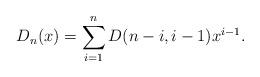
LaTeX: \begin{align*}D_n(x) = \sum_{i=1}^{n} D(n-i,i-1) x^{i-1}.\end{align*}